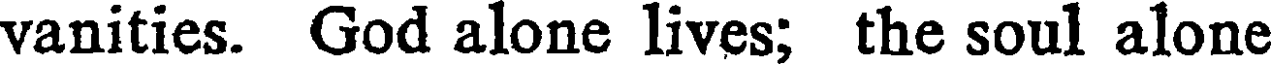
vanities. God alone lives; the soul alone